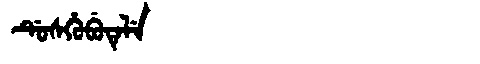
Manchu: ᡩᡠᠰᡥᡠᠪᡠᡨᡝᠯᡝ
Romanization: DUSHUBUTELE